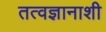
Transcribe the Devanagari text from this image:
तत्वज्ञानाशी